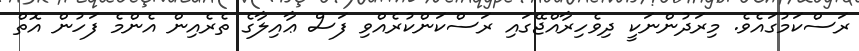
ރަސްކަމުގައެވެ. މިރަދުންނަކީ ދިވެހިރާއްޖޭގައި ރަސްކަންކުރެއްވި ފަސް ޢާއިލާގެ ތެރެއިން އެންމެ ފަހުން އޮތް